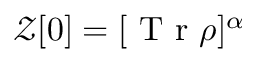
\mathcal { Z } [ 0 ] = [ \mathrm { ~ T ~ r ~ } \rho ] ^ { \alpha }